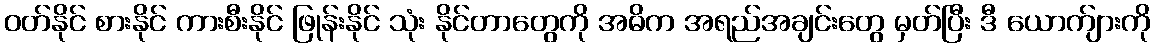
ဝတ်နိုင် စားနိုင် ကားစီးနိုင် ဖြုန်းနိုင် သုံး နိုင်တာတွေကို အဓိက အရည်အချင်းတွေ မှတ်ပြီး ဒီ ယောက်ျားကို